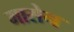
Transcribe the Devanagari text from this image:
मासेन